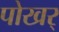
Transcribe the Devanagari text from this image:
पोखर्